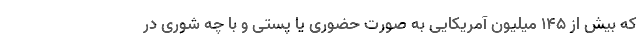
که بیش از 145 میلیون آمریکایی به صورت حضوری یا پستی و با چه شوری در